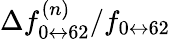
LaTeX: \Delta f_{0\leftrightarrow 62}^{(n)}/f_{0\leftrightarrow 62}